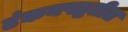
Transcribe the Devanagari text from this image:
टंकनपद्धतीत